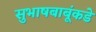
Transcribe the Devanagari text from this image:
सुभाषबाबूंकडे